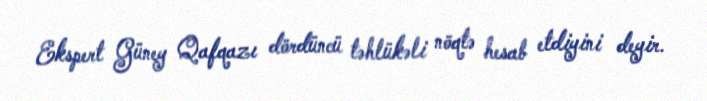
Ekspert Güney Qafqazı dördüncü təhlükəli nöqtə hesab etdiyini deyir.